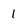
Character: 1